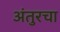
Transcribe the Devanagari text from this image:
अंतुरचा